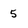
Character: 5